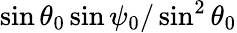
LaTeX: \sin\theta_{0}\sin\psi_{0}/\sin^{2}\theta_{0}